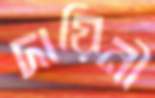
দায়িনী